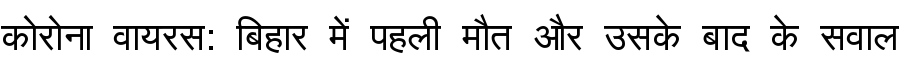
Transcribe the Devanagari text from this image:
कोरोना वायरस: बिहार में पहली मौत और उसके बाद के सवाल